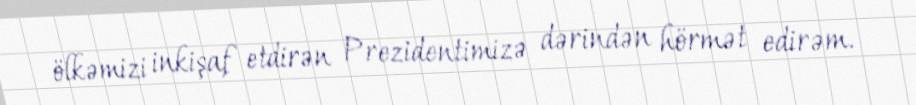
ölkəmizi inkişaf etdirən Prezidentimizə dərindən hörmət edirəm.